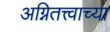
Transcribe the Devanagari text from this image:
अग्नितत्त्वाच्या